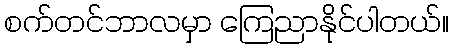
စက်တင်ဘာလမှာ ကြေညာနိုင်ပါတယ်။